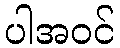
ပါအဝင်